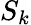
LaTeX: S_{k}